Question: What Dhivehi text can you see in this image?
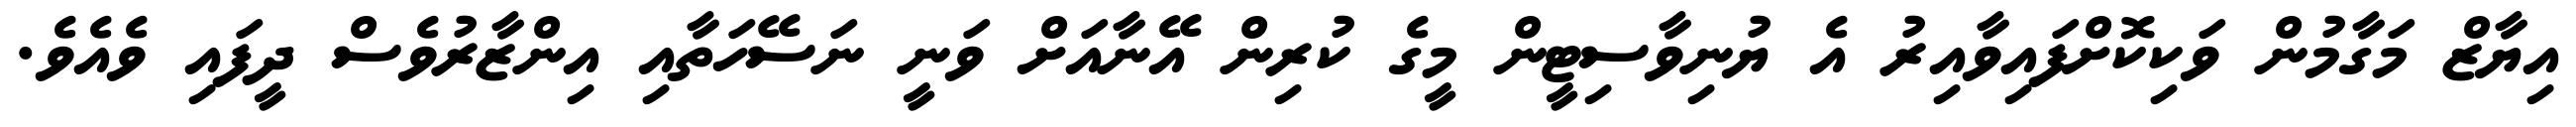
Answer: އިޔާޒް މަގާމުން ވަކިކޮށްފައިވާއިރު އެ ޔުނިވާސިޓީން މީގެ ކުރިން އޭނާއަށް ވަނީ ނަސޭހަތާއި އިންޒާރުވެސް ދީފައި ވެއެވެ.